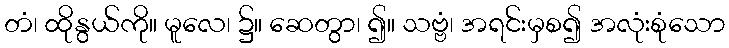
တံ၊ ထိုနွယ်ကို။ မူလေ၊ ၌။ ဆေတွာ၊ ၍။ သဗ္ဗံ၊ အရင်းမှစ၍ အလုံးစုံသော